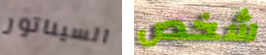
السيناتور شخص